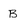
Character: B